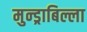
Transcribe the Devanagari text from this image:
मुन्ड्राबिल्ला